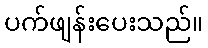
ပက်ဖျန်းပေးသည်။